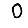
Digit: 0